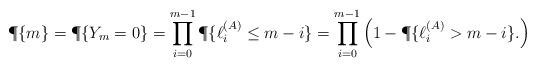
LaTeX: \begin{align*}\P\{ m \} = \P\{ Y_m = 0 \}=\prod\limits _{i=0} ^{m-1} \P \{ \ell ^{(A)} _i \leq m-i \}= \prod\limits _{i=0} ^{m-1} \left( 1 - \P \{ \ell ^{(A)} _i > m-i \}.\right)\end{align*}